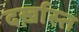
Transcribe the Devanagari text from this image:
दर्ख़ास्त